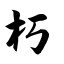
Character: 朽